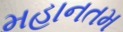
મહાનતમ